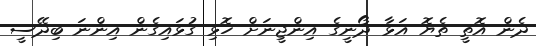
ދެން އޮތީ ތެޔޮ އަޅާ ދޯނީގެ އިންޖީނަށް ހޮޅި ގުޅައިގެން އިންނަ ބިދޭސީ